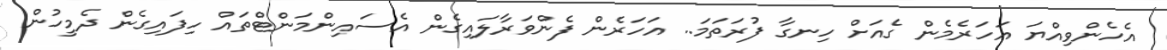
އެހެންވިއްޔަ އަހަރެމެން ގެއަށް ހިނގާ ފުރަތަމަ.. އަހަރެން ފެންވަރާލައިގެން އެސައިންމަންޓްތައް ހިފައިގެން ދެމީހުން